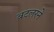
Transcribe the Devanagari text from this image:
बटलरने